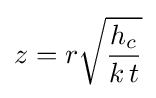
z=r{\sqrt {\frac {h_{c}}{k\,t}}}